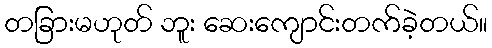
တခြားမဟုတ် ဘူး ဆေးကျောင်းတက်ခဲ့တယ်။